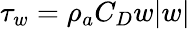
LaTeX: \tau_{w}=\rho_{a}C_{D}w|w|